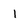
Character: 1